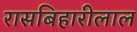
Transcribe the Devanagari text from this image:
रासबिहारीलाल